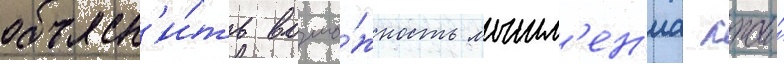
объясн'и́ть возмо́жность мышл'ен'иа лжи́